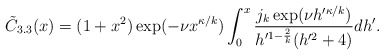
\begin{align*}\tilde{C}_{3.3}(x) = (1+x^2) \exp( -\nu x^{\kappa/k} )\int_{0}^{x} \frac{j_{k}\exp( \nu h'^{\kappa/k} )}{h'^{1 - \frac{2}{k}}(h'^{2}+4)} dh'. \end{align*}